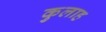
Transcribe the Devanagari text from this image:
कुलाह